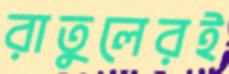
রাতুলেরই